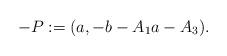
LaTeX: \begin{align*} {-P} := (a, -b - A_1a - A_3).\end{align*}